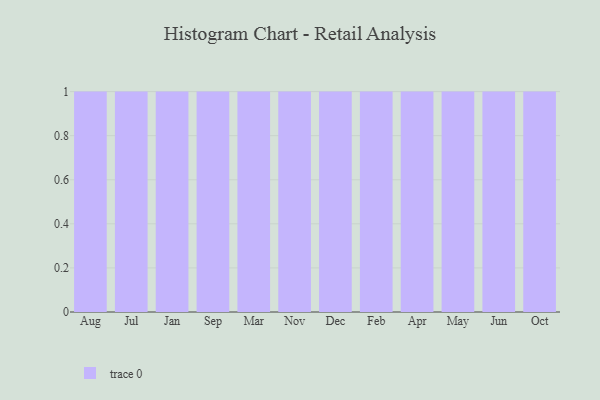
{"axis": {"x": "Month", "y": "Waste Production (Tons)"}, "legend": [""], "data": [{"x": "Aug", "y": 47, "type": ""}, {"x": "Jul", "y": 43, "type": ""}, {"x": "Jan", "y": 46, "type": ""}, {"x": "Sep", "y": 59, "type": ""}, {"x": "Mar", "y": 67, "type": ""}, {"x": "Nov", "y": 75, "type": ""}, {"x": "Dec", "y": 75, "type": ""}, {"x": "Feb", "y": 91, "type": ""}, {"x": "Apr", "y": 10, "type": ""}, {"x": "May", "y": 76, "type": ""}, {"x": "Jun", "y": 35, "type": ""}, {"x": "Oct", "y": 9, "type": ""}]}